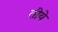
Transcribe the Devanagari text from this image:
तीये